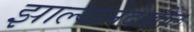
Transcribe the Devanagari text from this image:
झाल्यानेदेखील